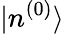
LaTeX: |n^{(0)}\rangle